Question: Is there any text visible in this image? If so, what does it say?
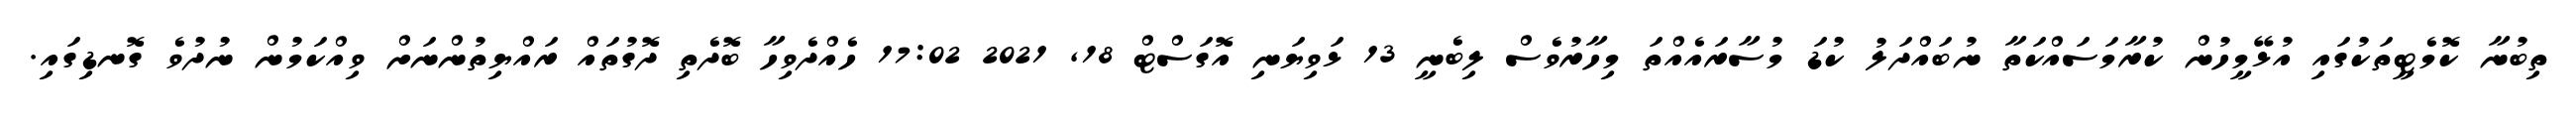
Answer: ތިބުނާ ކޮމެޓީތަކުގައި އުޅޭމީހުން ކުރާމަސައްކަތާ ނުބައްދަލު ކުޑަ މުސާރައެއްތަ މިހާރުވެސް ލިބެނީ 13 ޅަވިޔަނި އޮގަސްޓް 18, 2021 17:02 ހެއްދެވިހާ ބޮދެތި ދޮގުތައް ރައްޔިތުންނަށް ވިއްކަމުން ނުދުވެ ގޮނޑިގައި.